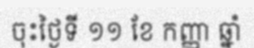
ចុះថ្ងៃទី ១១ ខែ កញ្ញា ឆ្នាំ